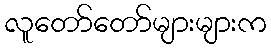
လူတော်တော်များများက